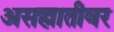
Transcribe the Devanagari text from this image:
असह्मातीवर